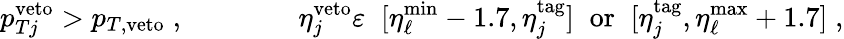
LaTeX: p_{Tj}^{\mathrm{veto}}>p_{T,\mathrm{veto}}\; ,\qquad\qquad\eta_{j}^{\mathrm{veto}}\varepsilon\; \; [\eta_{\ell}^{\mathrm{min}}-1.7,\eta_{j}^{\mathrm{tag}}]\; \; \mathrm{or}\; \; [\eta_{j}^{\mathrm{tag}},\eta_{\ell}^{\mathrm{max}}+1.7]\; ,